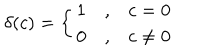
\delta ( c ) = \left\{ \begin{array} { c c c } { { 1 } } & { { , } } & { { c = 0 } } \\ { { 0 } } & { { , } } & { { c \neq 0 } } \\ \end{array} \right.